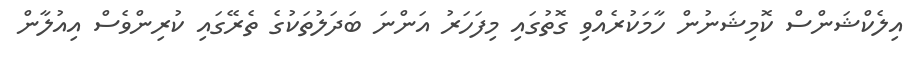
އިލެކްޝަންސް ކޮމިޝަނުން ހާމަކުރެއްވި ގޮތުގައި މިފަހަރު އަންނަ ބަދަލުތަކުގެ ތެރޭގައި ކުރިންވެސް އިއުލާން